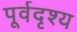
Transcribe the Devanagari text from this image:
पूर्वदृश्य